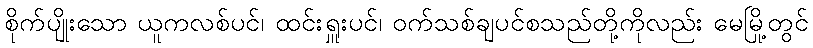
စိုက်ပျိုးသော ယူကလစ်ပင်၊ ထင်းရှူးပင်၊ ဝက်သစ်ချပင်စသည်တို့ကိုလည်း မေမြို့တွင်